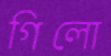
গিলো